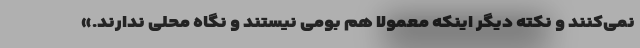
نمی‌کنند و نکته دیگر اینکه معمولا هم بومی نیستند و نگاه محلی ندارند.»